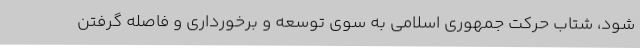
شود، شتاب حرکت جمهوری اسلامی به سوی توسعه و برخورداری و فاصله گرفتن